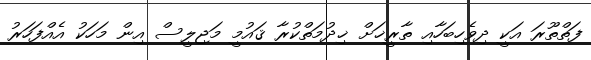
ފަތްތޫރަ އަކީ ދިވެހިބަހާއި ތާރީޚަށް ޚިދުމަތްކުރާ ޤައުމީ މަޖިލީސް އިން މަހަކު އެއްފަހަރު